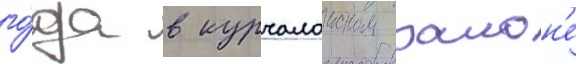
го́да в курчалоиском раион'е